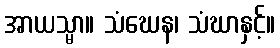
အာယသ္မာ။ သံဃေန၊ သံဃာနှင့်။